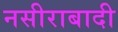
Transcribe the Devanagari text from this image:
नसीराबादी